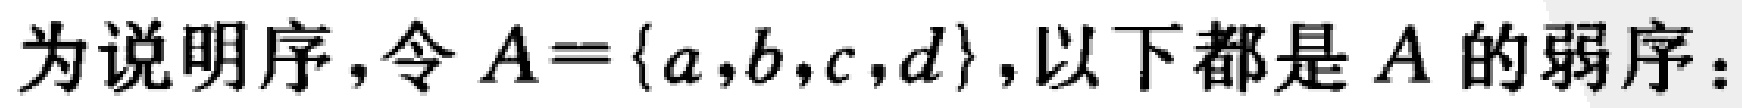
为说明序，令 \(A = \{a,b,c,d\}\)，以下都是 \(A\) 的弱序：